Code of medical and sanitary regulations for the guidance of medical officers serving in the Madras Presidency - Volume II
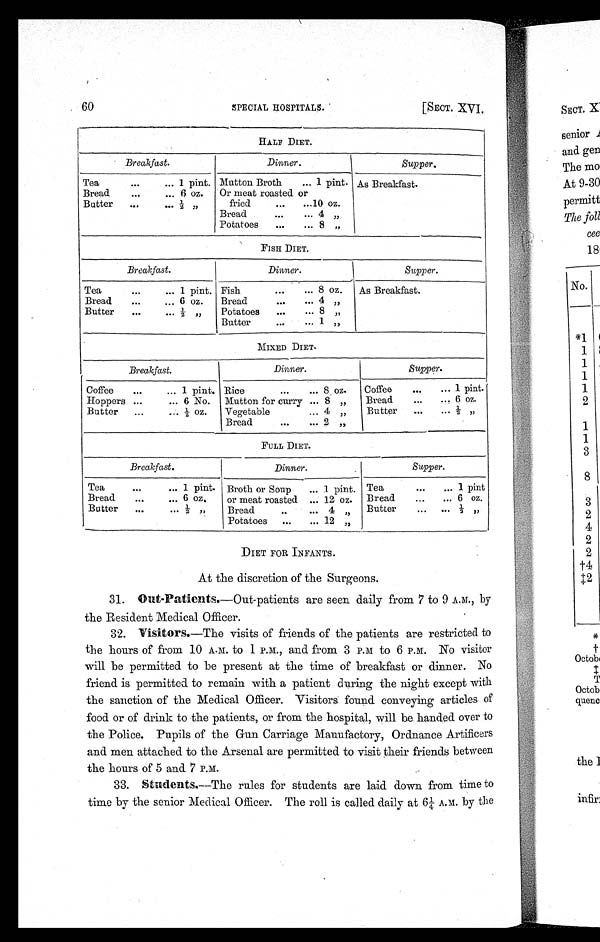
60
SPECIAL HOSPITALS.
[SECT. XVI.
HALF DIET.
Breakfast.
Dinner .
Supper.
Tea
•••
... 1 pint. Mutton Broth
•-• 1 pint. As Breakfast.
Bread
...
...
Butter
„„
...
6
2
oz.
;)
Or meat roasted or
fried
...
...10 oz.
Bread
•••
... 4
Potatoes
...
••• 8 ,,
FISH DIET.
Breakfast.
Dinner.
Supper.
Tea
...
... 1 pint. Fish
•••
... 8 oz.
reakfast.
Bread
...
... 6 oz.
Bread
...
... 4 „
Butter
...
...
Potatoes
...
... 8 ,,
Butter
•.•
••• 1
MIXED DIET.
Breakfast.
Dinner.
Supper.
Coffee
••
... 1 pint. Rice
...... 8 oz.
Coffee
... 1 pint.
Hoppers ...
... 6 No. Mutton for curry ... 8 „
Bread
... 6 oz.
Butter
...
... ½- oz.
Vegetable
... 4 „
Butter
...
... -1- „
Bread
•••
••• 2 ,,,
FULL DIET.
Breakfast.
Dinner.
Supper.
Tea... ...
1 pint. Broth or Soup
... 1 pint. Tea
...
... 1 pint
Bread
...
... 6 oz,
or meat roasted ... 12 oz. Bread
...
... 6 oz.
Butter
...
••• ½ , ,
Bread
.
...
Potatoes ...
4
... 12
,,
„
Butter
DIET FOR INFANTS.
At the discretion of the Surgeons.
31. Out-Patients.— Out-patients are seen daily from 7 to 9 A.M., by
the Resident Medical Officer.
32. Visitors.—The visits of friends of the patients are restricted to
the hours of from 10 A.M. to 1 P.M., and from 3 P.M to 6 P.M. No visitor
will be permitted to be present at the time of breakfast or dinner. No
friend is permitted to remain with a patient during the night except with
the sanction of the Medical Officer. Visitors found conveying articles of
food or of drink to the patients, or from the hospital, will be handed over to
the Police. Pupils of the Gun Carriage Manufactory, Ordnance Artificers
and men attached to the Arsenal are permitted to visit their friends between
the hours of 5 and 7 P.M.
33. Students.—The rules for students are laid down from time to
time by the senior Medical Officer. The roll is called daily at 6¼ A.M. by the